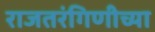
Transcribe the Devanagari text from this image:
राजतरंगिणीच्या